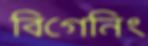
বিগেনিং